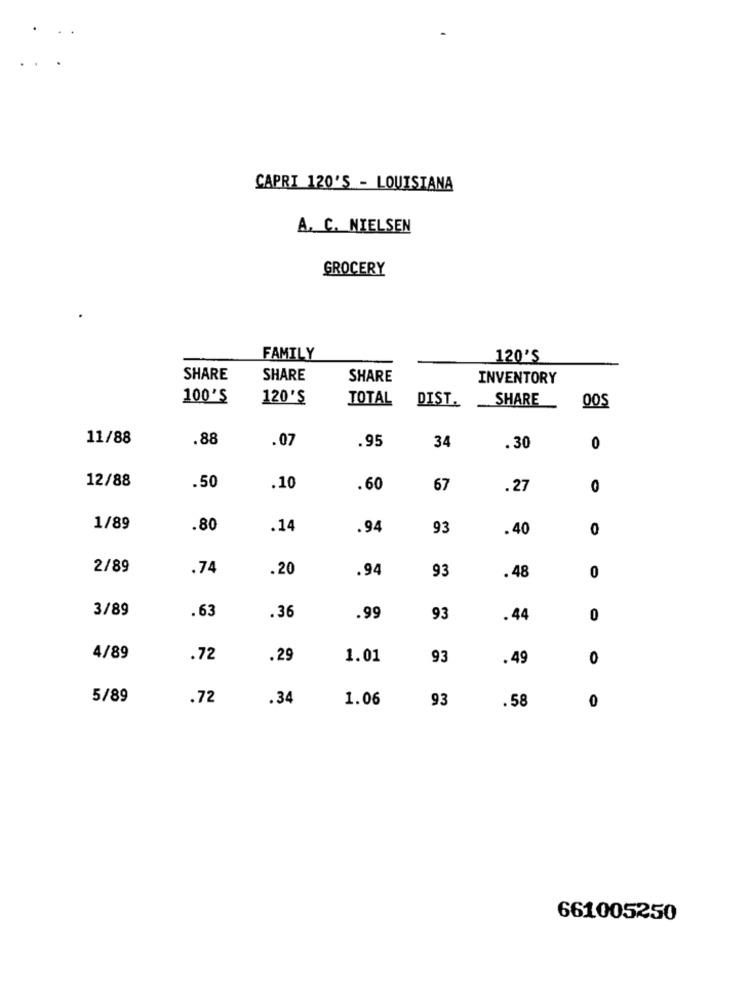
CAPRI 120'S - LOUISIANA
A. C. NIELSEN
GROCERY
FAMILY
120'S
SHARE
SHARE
SHARE
INVENTORY
100'S
120'S
TOTAL
DIST.
SHARE
00S
11/88
.88
.07
.95
34
.30
0
12/88
.50
.10
.60
67
.27
0
1/89
.80
.14
.94
93
.40
0
2/89
.74
.20
.94
.48
93
0
3/89
.63
.36
.99
93
. 44
0
4/89
.72
.29
1.01
93
.49
0
5/89
.72
.34
1.06
93
.58
0
661005250